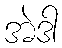
အဲဒါ